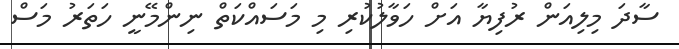
ސާދަ މިލިއަން ރުފިޔާ އަށް ހަވާލުކުރި މި މަސައްކަތް ނިންމޭނީ ހަތަރު މަސް